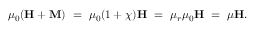
\mu _ { 0 } ( \mathbf { H } + \mathbf { M } ) \ = \ \mu _ { 0 } ( 1 + \chi ) \mathbf { H } \ = \ \mu _ { r } \mu _ { 0 } \mathbf { H } \ = \ \mu \mathbf { H } .